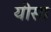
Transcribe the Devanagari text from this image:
यीसा